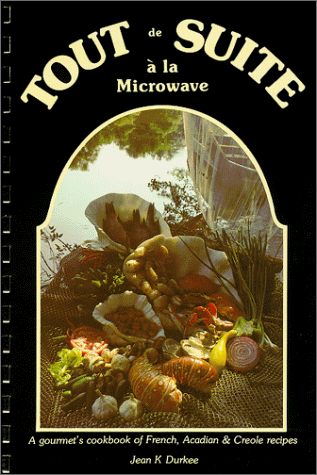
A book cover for Tout de Suite a la Microwave I : A gourmet's cookbook of French, Acadian and Creole recipes; Jean K. Durkee; Cookbooks, Food & Wine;